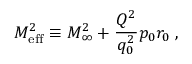
M _ { \mathrm { e f f } } ^ { 2 } \equiv M _ { \infty } ^ { 2 } + { \frac { Q ^ { 2 } } { q _ { 0 } ^ { 2 } } } p _ { 0 } r _ { 0 } \; ,